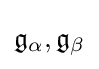
{\mathfrak {g}}_{\alpha },{\mathfrak {g}}_{\beta }